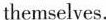
themselves.